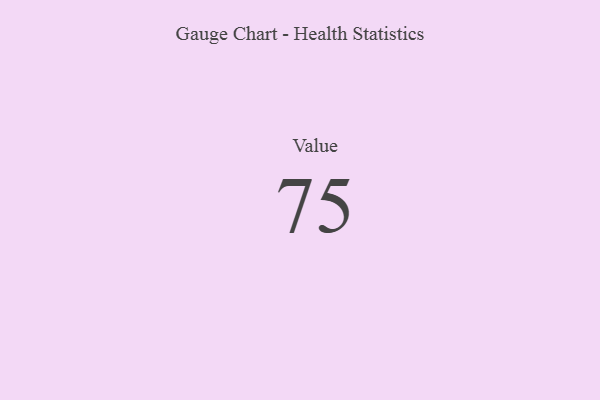
{"axis": {"x": "Metric", "y": "Value"}, "legend": [""], "data": [{"x": "Value", "y": 75, "type": ""}]}